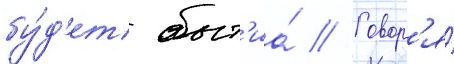
бу́д'ет быт'иа́ // Говор'я́